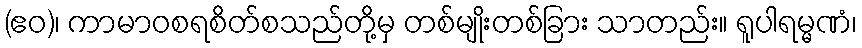
(ဧဝ)၊ ကာမာဝစရစိတ်စသည်တို့မှ တစ်မျိုးတစ်ခြား သာတည်း။ ရူပါရမ္မဏံ၊